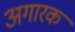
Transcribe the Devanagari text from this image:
अगारक